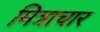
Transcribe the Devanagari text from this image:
मित्राचार